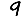
Digit: 9